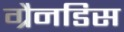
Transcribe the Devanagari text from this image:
ग्रैनडिस